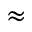
\approx